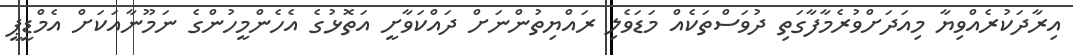
އިރާދަކުރެއްވިޔާ މިއަދަށްވުރެމާފާގަތި ދުވަސްތަކެއް މަޑަވެލި ރައްޔިތުންނަށް ދައްކަވާށީ އަތޮޅުގެ އެހެންމީހުންގެ ނަމޫނާއަކަށް އެމްޑީޕީ